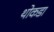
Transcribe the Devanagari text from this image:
थोकडा